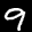
Label: 9